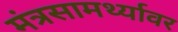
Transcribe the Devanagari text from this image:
मंत्रसामर्थ्यावर